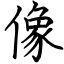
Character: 像